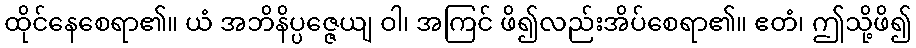
ထိုင်နေစေရာ၏။ ယံ အဘိနိပ္ပဇ္ဇေယျ ဝါ၊ အကြင် ဖိ၍လည်းအိပ်စေရာ၏။ ဧတံ၊ ဤသို့ဖိ၍